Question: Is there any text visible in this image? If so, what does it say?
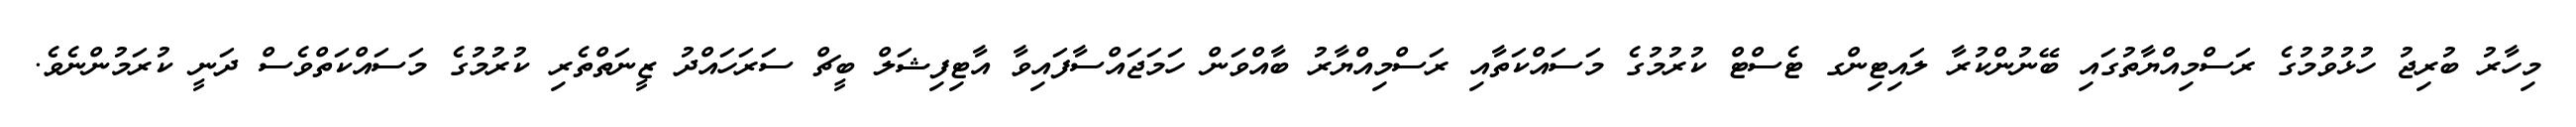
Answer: މިހާރު ބުރިޖު ހުޅުވުމުގެ ރަސްމިއްޔާތުގައި ބޭނުންކުރާ ލައިޓިންގ ޓެސްޓް ކުރުމުގެ މަސައްކަތާއި ރަސްމިއްޔާރު ބާއްވަން ހަމަޖައްސާފައިވާ އާޓިފިޝަލް ބީޗް ސަރަހައްދު ޒީނަތްތެރި ކުރުމުގެ މަސައްކަތްވެސް ދަނީ ކުރަމުންނެވެ.